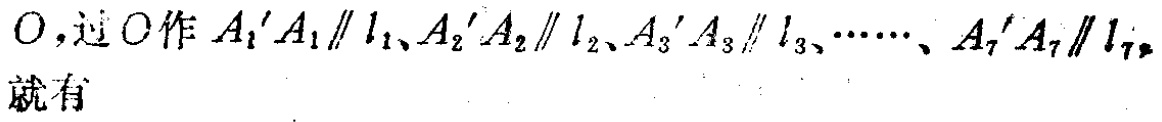
$O，过O作A_1'A_1\parallel l_1、A_2'A_2\parallel l_2、A_3'A_3\parallel l_3、\cdots\cdots、A_7'A_7\parallel l_7，就有$